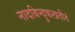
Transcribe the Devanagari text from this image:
नादबिन्दुकलातीतं